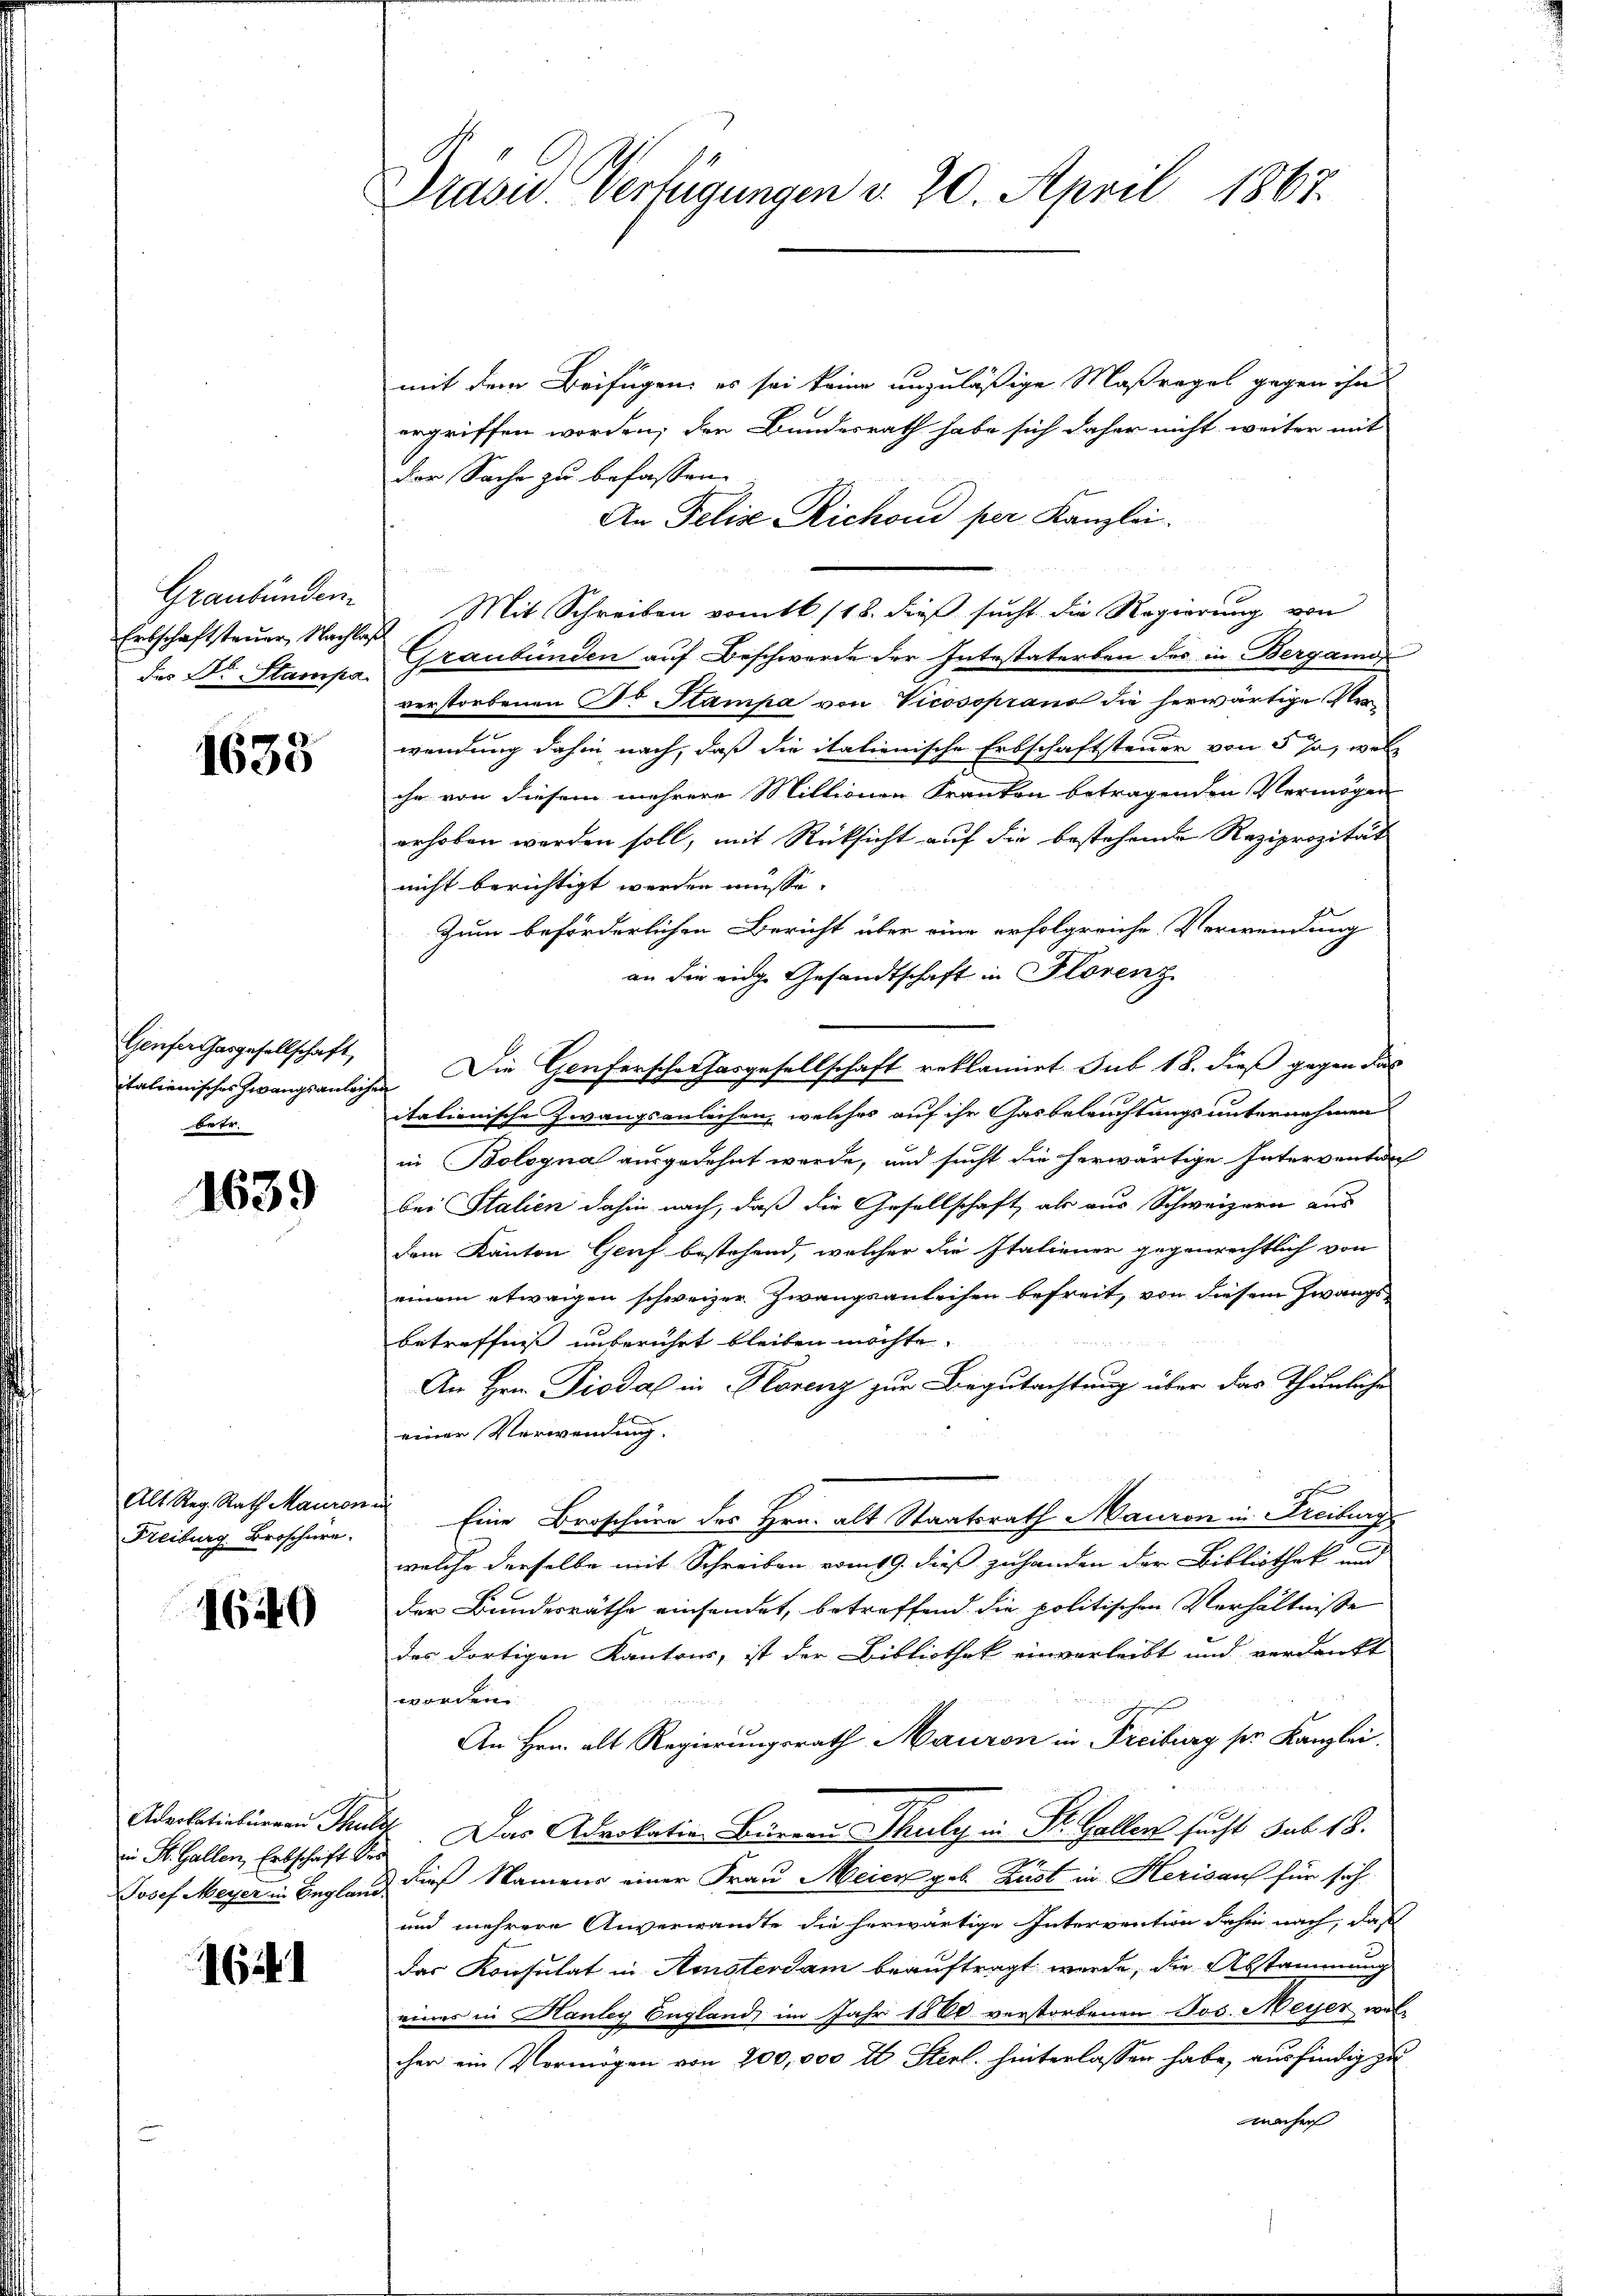
Graubünden.
Erbschaftsteuer Nachlag
der Dr. Stampa

1633

Genfer Gasgesellschaft,
italienisches Zwangsanleih
betr.

1639

Alt. Reg. Rath Mauron
Freiburg Broschere.

1640

in St. Gallen, Erbschaft des

16

Präsid Verfügungen d. 20. April 1867.

mit dem Beifügen, es sei keine unzuläßige Maßregel gegen ihn
ergriffen worden; den Bundesrath habe sich daher nicht weiter mit
der Sache zu befassen.
An Felix Richon per Kanzlei.
 Mit Schreiben vom 1. /18. dieß sucht die Regierung von
Graubünden auf Beschwerde der Intestaterben des in Bergamo
verstorbenen Dr Stampa von Vicosoprand die herwärtige Verwendung dahin nach, daß die italienische Erbschaftsteuer von 5 Ja, wel
chn von diesem mehrere Millionen Kranken betragenden Vermögen
erhoben werden soll, mit Rücksicht auf die bestehende Reziprozität
nicht berichtigt werden müsse.
Zum beförderlichen Bericht über eine erfolgreiche Verwendung
an die eine Gesandtschaft in Florenz
Die Genferscherhasgesellschaft reklamiert. Sub 18. dieß gegen das
f
italienische Zwangsanleihen, welches auf ihr Gasbeleuchtungsunternehmen
in Bologna ausgedehnt werde, und sucht die herwärtige Interventan
bei Stalien dahin nach, daß die Gesellschaft als aus Schweizern aus
dem Kanton Genf bestehend, welcher die Italiener gegenrechtlich von
einem etwaigen schweizer. Zwangsanleihen befreit, von diesem Zwangsbetreffniß unberührt bleiben möchte.
An Hrn. Piodal in Horenz zur Begutachtung über das Thunliche
E
einer Verwendung.
o
¬
Eine Droschern des Hrn. alt Staatsrath Mauren in Freiburg
e
e
welche derselbe mit Schreiben vom 19. dieß zuhanden der Bibliothek und
der Bundesräthe einsendet, betreffend die politischen Verhältnisse
des dortigen Kantons, ist der Bibliothek einverleibt und verdankt
worden
An Hrn. alt Regierungsrath Mauren in Freiburg sie Kanzlei¬
Adelativbürgen Thutt Das Advokation Burren Thuly in St. Galler sucht sub 18.
Josef Meyer in Begland dieß Namens einer Frau Meier geb. Kust in Herisauf für sich
und mehrere Anverwandte die herwärtige Intervention Jahr nach, daß
das Konsulat in Konsterdam beauftragt werde, die Abstammung
einer in Hanley England im Jahr 1860 verstorbenen Jos. Meyer wel-
cher ein Vermögen von 200,000 fl. Stiel. hinterlassen habe, ausfindig zu
machen